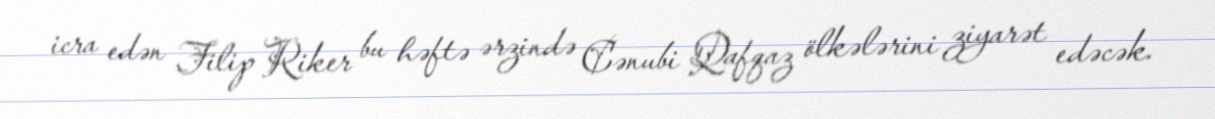
icra edən Filip Riker bu həftə ərzində Cənubi Qafqaz ölkələrini ziyarət edəcək.